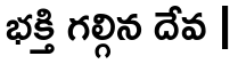
భక్తి గల్గిన దేవ |